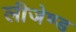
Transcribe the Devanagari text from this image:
लीजेण्ड